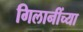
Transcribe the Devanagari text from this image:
गिलानींच्या